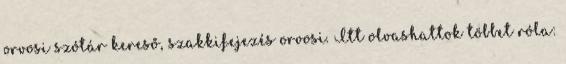
orvosi szótár kereső, szakkifejezés orvosi. Itt olvashattok többet róla: